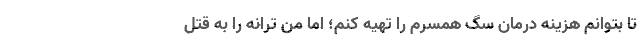
تا بتوانم هزینه درمان سگ همسرم را تهیه کنم؛ اما من ترانه را به قتل